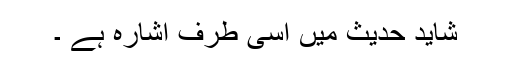
شاید حدیث میں اسی طرف اشارہ ہے ۔